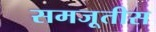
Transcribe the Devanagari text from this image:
समजूतीस